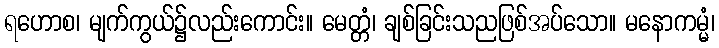
ရဟောစ၊ မျက်ကွယ်၌လည်းကောင်း။ မေတ္တံ၊ ချစ်ခြင်းသညဖြစ်အပ်သော။ မနောကမ္မံ၊